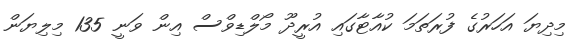
މިދިޔަ އަހަރުގެ ފުރަތަމަ ކުއާޓާގައި އުރީދޫ މޯލްޑިވްސް އިން ވަނީ 135 މިލިޔަން